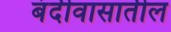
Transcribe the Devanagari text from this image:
बंदीवासातील